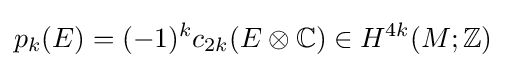
p_{k}(E)=(-1)^{k}c_{2k}(E\otimes \mathbb {C} )\in H^{4k}(M;\mathbb {Z} )